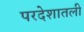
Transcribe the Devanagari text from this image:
परदेशातली